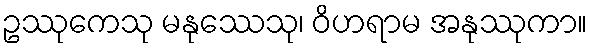
ဥဿုကေသု မနုဿေသု၊ ဝိဟရာမ အနုဿုကာ။